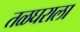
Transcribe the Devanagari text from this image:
तळघराला